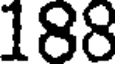
188